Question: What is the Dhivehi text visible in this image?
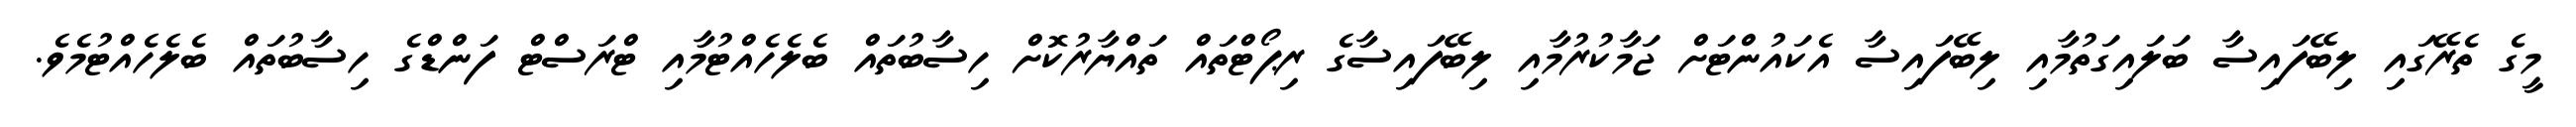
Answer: މީގެ ތެރޭގައި ލިބޭފައިސާ ބަލައިގަތުމާއި ލިބޭފައިސާ އެކައުންޓަށް ޖަމާކުރުމާއި ލިބޭފައިސާގެ ރިޕޯޓްތައް ތައްޔާރުކޮށް ހިސާބުތައް ބެލެހެއްޓުމާއި ޓްރަސްޓް ފަންޑްގެ ހިސާބުތައް ބެލެހެއްޓުމެވެ.